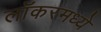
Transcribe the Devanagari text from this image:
लॉकरमध्ये